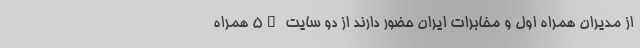
از مدیران همراه اول و مخابرات ایران حضور دارند از دو سایت 5G همراه